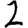
Digit: 2